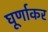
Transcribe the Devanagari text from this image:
घूर्णाकर